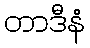
တာဒီနံ